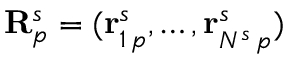
\mathbf R _ { p } ^ { s } = ( \mathbf r _ { 1 \, p } ^ { s } , \ldots , \mathbf r _ { N ^ { s } \, p } ^ { s } )